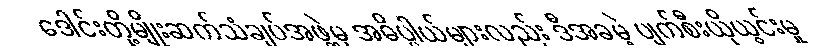
ဒေါင်းတို့မျိုးဆက်သံချပ်အဖွဲ့မှ အဓိပ္ပါယ်များလည်း ဒီအခမဲ့ ပျက်စီးယိုယွင်းမှု